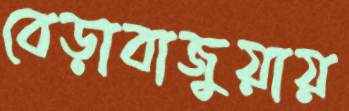
বেড়াবাজুয়ায়